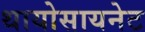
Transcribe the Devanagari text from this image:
थायोसायनेट